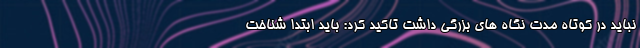
نباید در کوتاه مدت نگاه های بزرگی داشت تاکید کرد: باید ابتدا شناخت